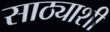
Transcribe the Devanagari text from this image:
साठ्याशी